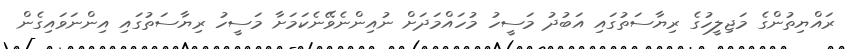
ރައްޔިތުންގެ މަޖިލީހުގެ ރިޔާސަތުގައި އަބުދު މަސީހު މުހައްމަދަށް ނުއިންނެވޭނެކަމަށާ މަސީހު ރިޔާސަތުގައި އިންނަވައިގެން